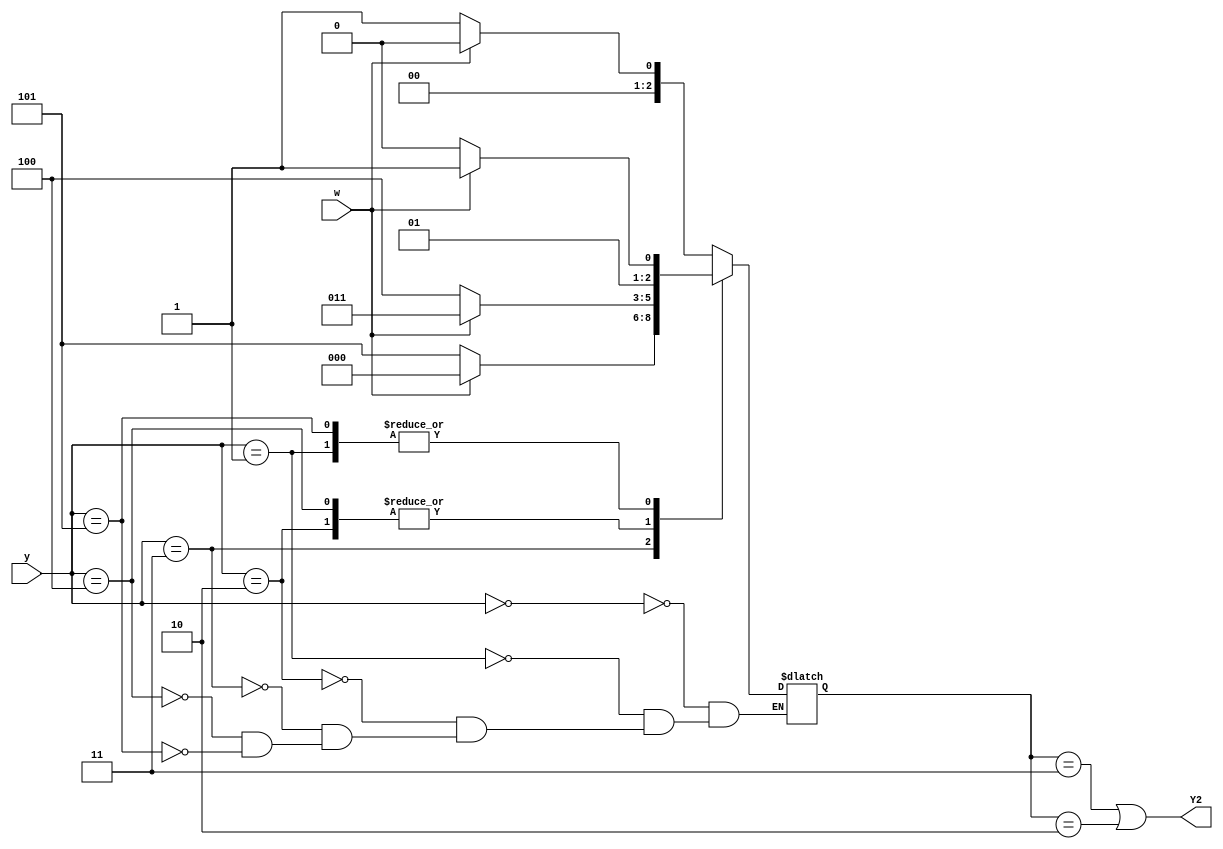
module top_module (
    input [3:1] y,
    input w,
    output Y2);

    parameter A = 0, B = 1, C = 2, D = 3, E = 4, F = 5;
    reg [2:0] next_state;
    
    always @(*) begin
        
        case (y)
            A: next_state = w ? A : B; //000
            B: next_state = w ? D : C; //001
            C: next_state = w ? D : E; //010
            D: next_state = w ? A : F; //011
            E: next_state = w ? D : E; //100
            F: next_state = w ? D : C; //101
        endcase
    end
    assign Y2 = (next_state == D)||(next_state == C);
    
endmodule